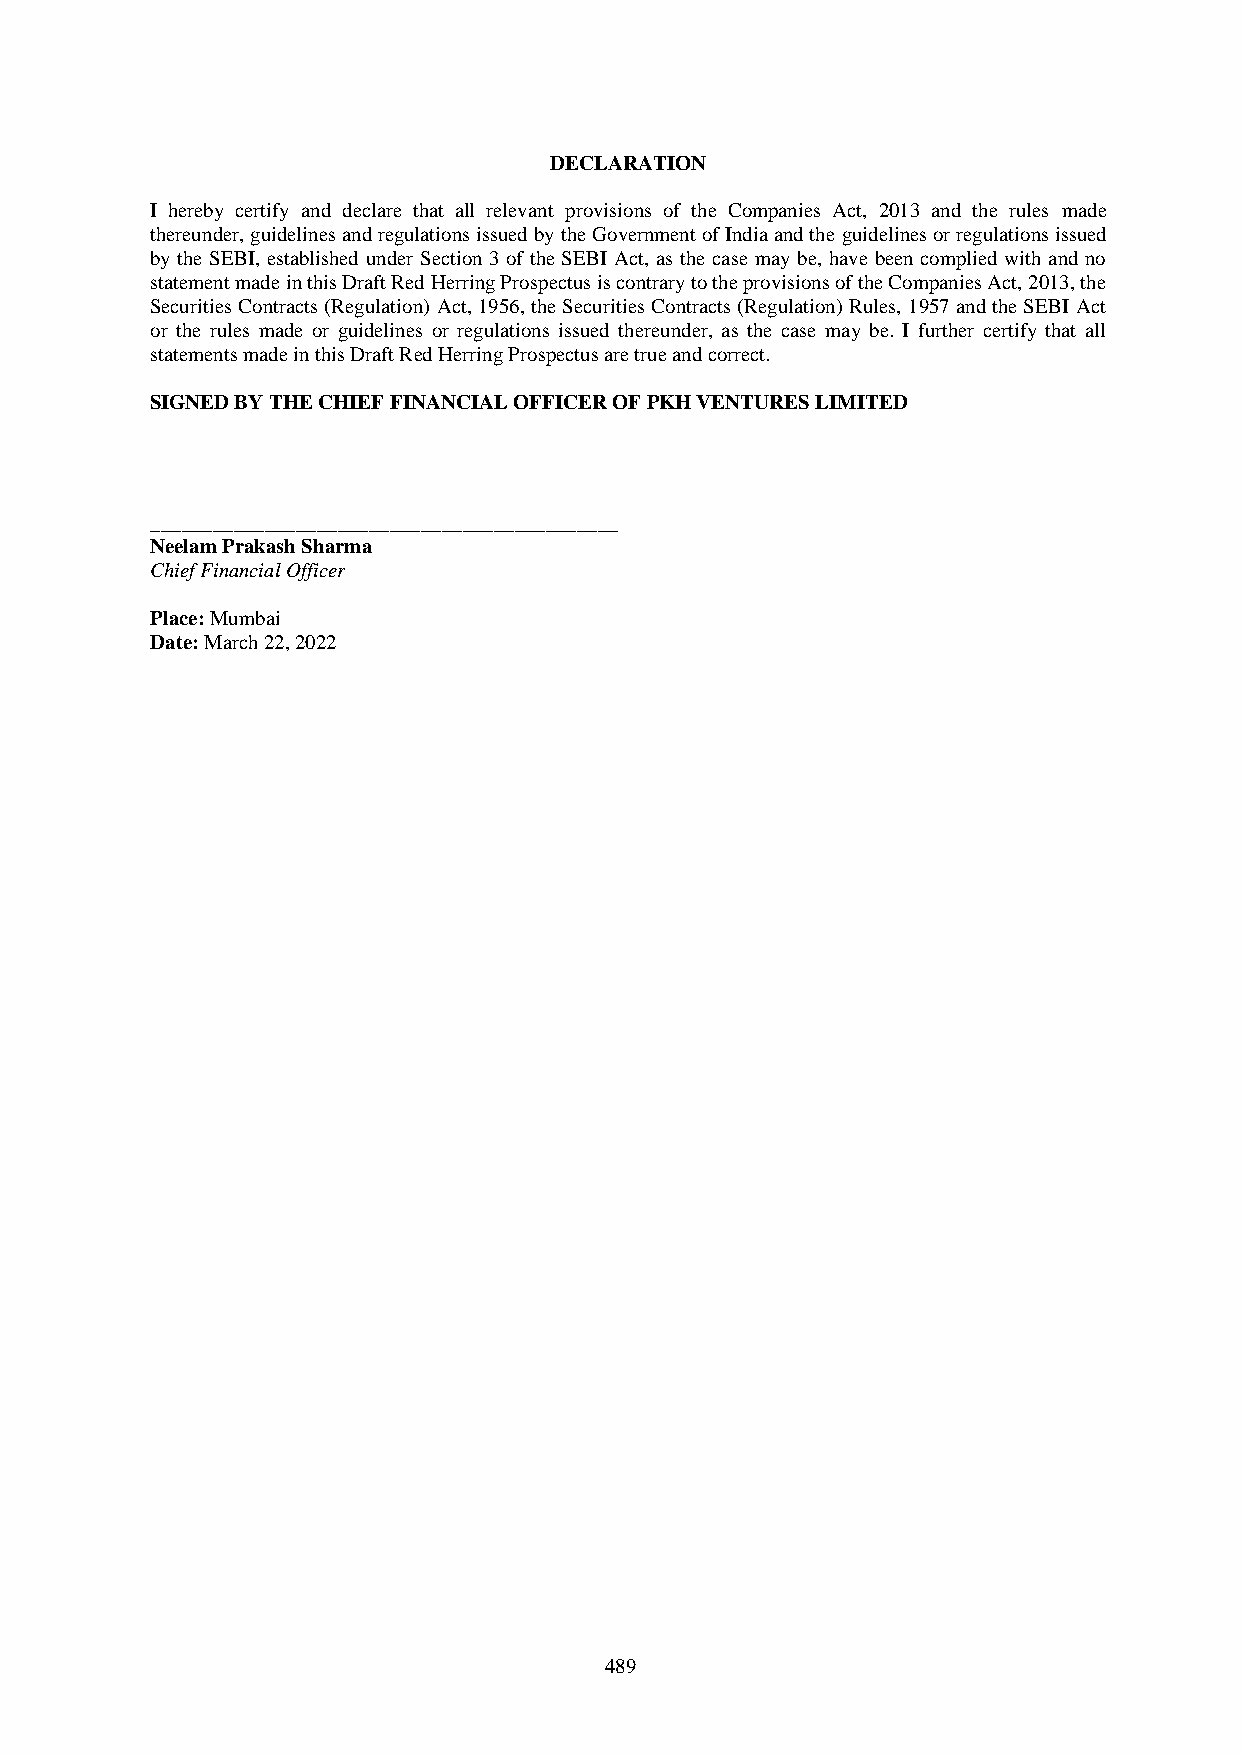
DECLARATION
 I hereby certify and declare that all relevant provisions of the Companies Act, 2013 and the rules made
 thereunder, guidelines and regulations issued by the Government of India and the guidelines or regulations issued
 by the SEBI, established under Section 3 of the SEBI Act, as the case may be, have been complied with and no
 statement made in this Draft Red Herring Prospectus is contrary to the provisions of the Companies Act, 2013, the
 Securities Contracts (Regulation) Act, 1956, the Securities Contracts (Regulation) Rules, 1957 and the SEBI Act
 or the rules made or guidelines or regulations issued thereunder, as the case may be. I further certify that all
 statements made in this Draft Red Herring Prospectus are true and correct.
 SIGNED BY THE CHIEF FINANCIAL OFFICER OF PKH VENTURES LIMITED
 _____________________________________________
 Neelam Prakash Sharma
 Chief Financial Officer
 Place: Mumbai
 Date: March 22, 2022
 489